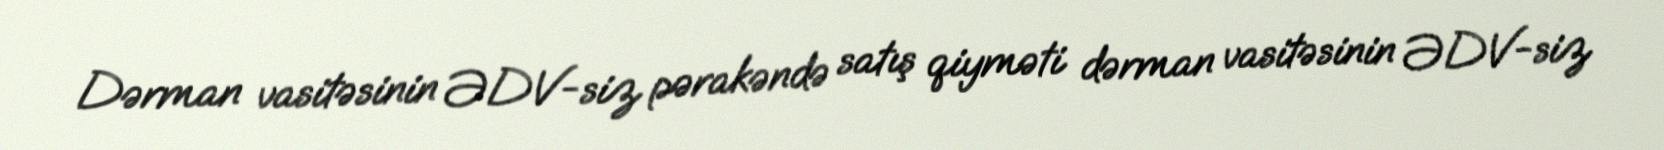
Dərman vasitəsinin ƏDV-siz pərakəndə satış qiyməti dərman vasitəsinin ƏDV-siz